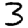
Digit: 3